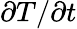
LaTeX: \partial T/\partial t